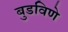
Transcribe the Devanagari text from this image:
बुडविणे